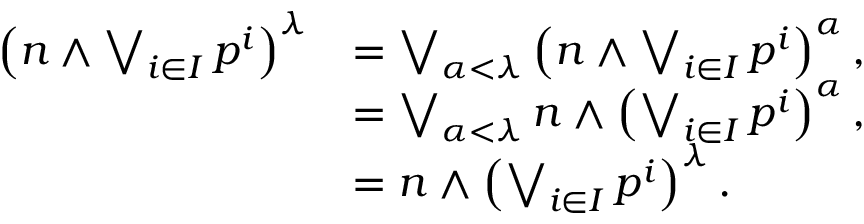
\begin{array} { r l } { \left( n \land \bigvee _ { i \in I } p ^ { i } \right) ^ { \lambda } } & { = \bigvee _ { \alpha < \lambda } \left( n \land \bigvee _ { i \in I } p ^ { i } \right) ^ { \alpha } , } \\ & { = \bigvee _ { \alpha < \lambda } n \land \left( \bigvee _ { i \in I } p ^ { i } \right) ^ { \alpha } , } \\ & { = n \land \left( \bigvee _ { i \in I } p ^ { i } \right) ^ { \lambda } . } \end{array}